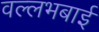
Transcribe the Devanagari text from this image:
वल्लभबाई